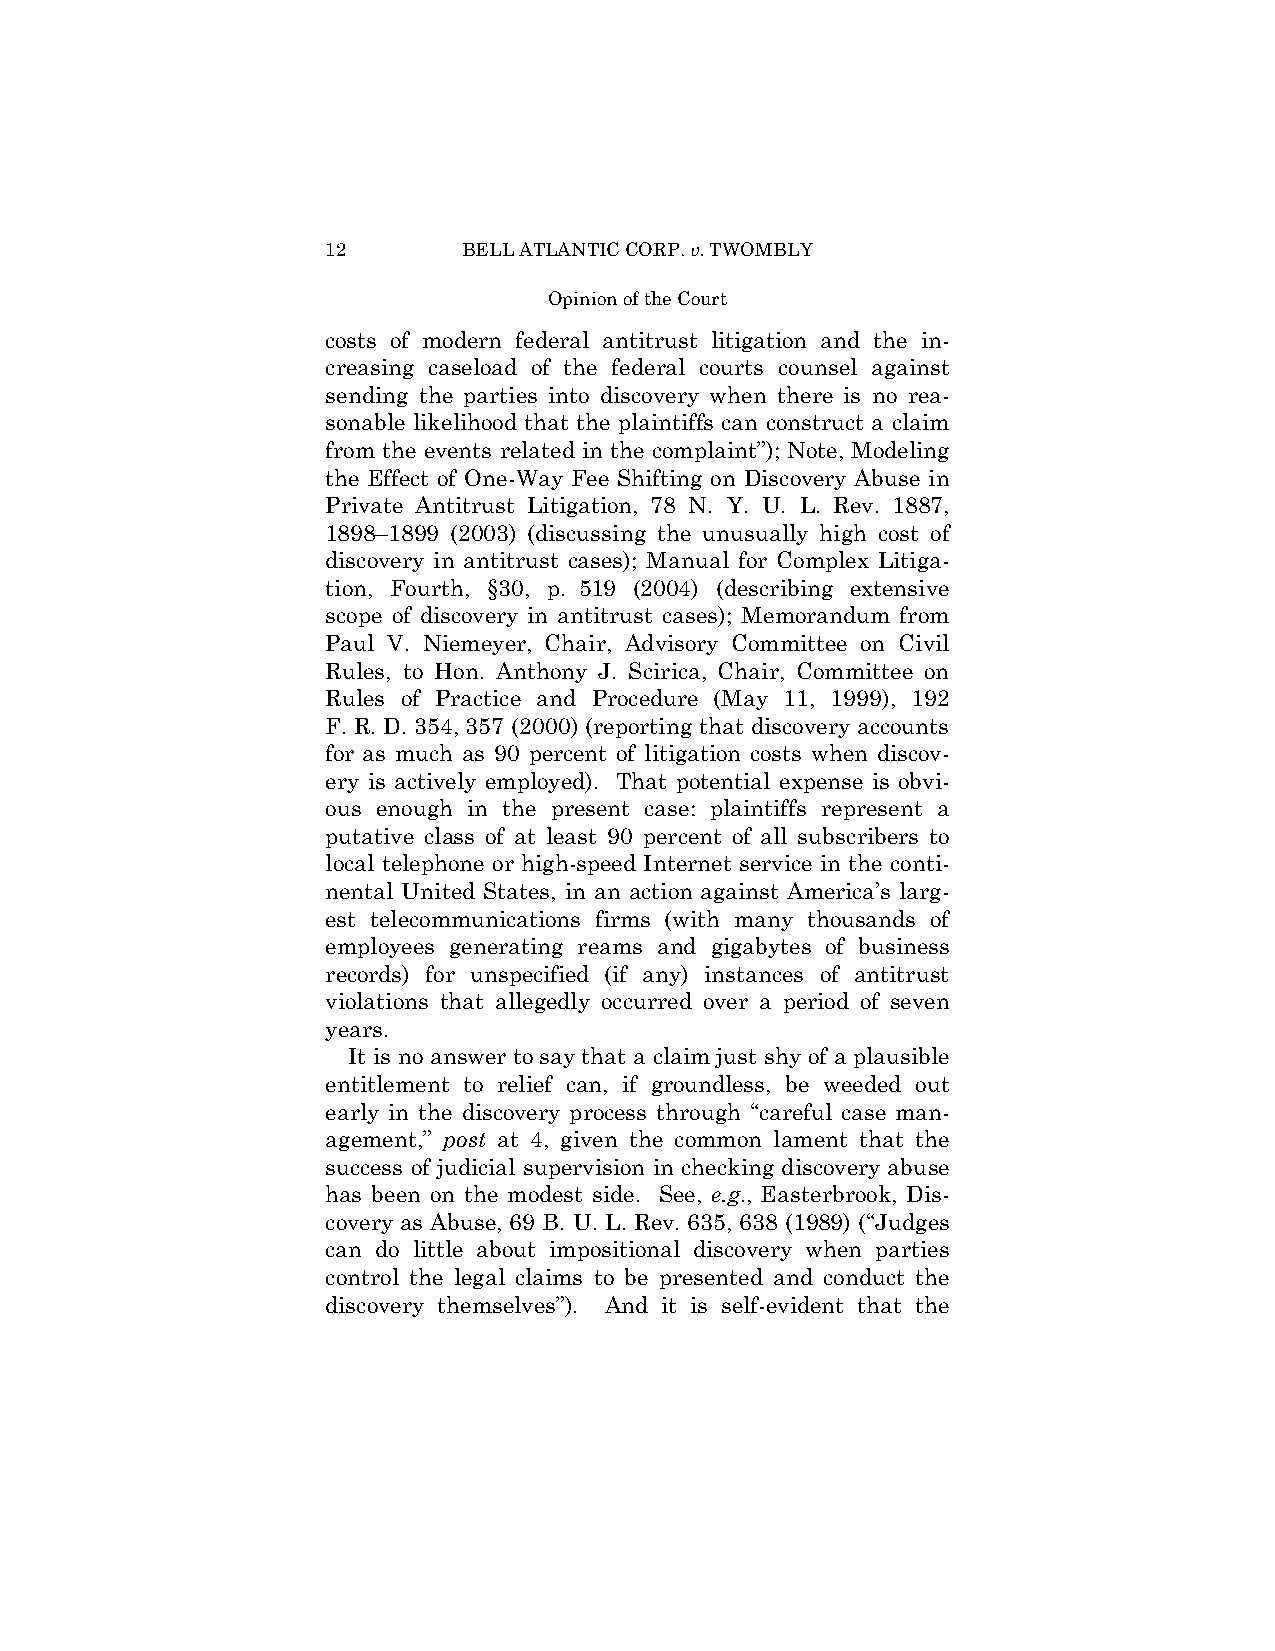
12       BELL ATLANTIC CORP. v. TWOMBLY
 Opinion of the Court
 costs of modern federal antitrust litigation and the in-
 creasing caseload of the federal courts counsel against
 sending the parties into discovery when there is no rea-
 sonable likelihood that the plaintiffs can construct a claim
 from the events related in the complaint”); Note, Modeling
 the Effect of One-Way Fee Shifting on Discovery Abuse in
 Private Antitrust Litigation, 78 N. Y. U. L. Rev. 1887,
 1898–1899 (2003) (discussing the unusually high cost of
 discovery in antitrust cases); Manual for Complex Litiga-
 tion, Fourth, §30, p. 519 (2004) (describing extensive
 scope of discovery in antitrust cases); Memorandum from
 Paul V. Niemeyer, Chair, Advisory Committee on Civil
 Rules, to Hon. Anthony J. Scirica, Chair, Committee on
 Rules of Practice and Procedure (May 11, 1999), 192
 F. R. D. 354, 357 (2000) (reporting that discovery accounts
 for as much as 90 percent of litigation costs when discov-
 ery is actively employed). That potential expense is obvi-
 ous enough in the present case: plaintiffs represent a
 putative class of at least 90 percent of all subscribers to
 local telephone or high-speed Internet service in the conti-
 nental United States, in an action against America’s larg-
 est telecommunications firms (with many thousands of
 employees generating reams and gigabytes of business
 records) for unspecified (if any) instances of antitrust
 violations that allegedly occurred over a period of seven
 years.
 It is no answer to say that a claim just shy of a plausible
 entitlement to relief can, if groundless, be weeded out
 early in the discovery process through “careful case man-
 agement,” post at 4, given the common lament that the
 success of judicial supervision in checking discovery abuse
 has been on the modest side. See, e.g., Easterbrook, Dis-
 covery as Abuse, 69 B. U. L. Rev. 635, 638 (1989) (“Judges
 can do little about impositional discovery when parties
 control the legal claims to be presented and conduct the
 discovery themselves”). And it is self-evident that the